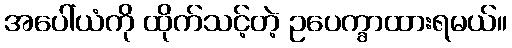
အပေါ်ယံကို ထိုက်သင့်တဲ့ ဥပေက္ခာထားရမယ်။